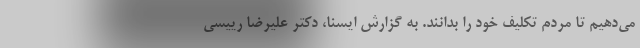
می‌دهیم تا مردم تکلیف خود را بدانند. به گزارش ایسنا، دکتر علیرضا رییسی